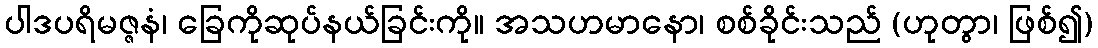
ပါဒပရိမဇ္ဇနံ၊ ခြေကိုဆုပ်နယ်ခြင်းကို။ အသဟမာနော၊ စစ်ခိုင်းသည် (ဟုတွာ၊ ဖြစ်၍)